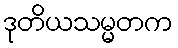
ဒုတိယသမ္မတက